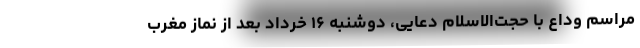
مراسم وداع با حجت‌الاسلام دعایی، دوشنبه ۱۶ خرداد بعد از نماز مغرب